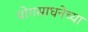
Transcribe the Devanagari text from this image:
योगसाधनेच्या